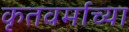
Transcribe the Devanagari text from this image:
कृतवर्माच्या